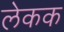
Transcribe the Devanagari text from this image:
लेकक